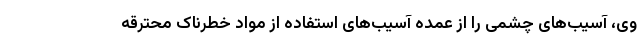
وی، آسیب‌های چشمی را از عمده آسیب‌های استفاده از مواد خطرناک محترقه